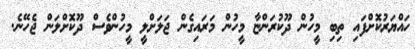
ހައްޔަރުކޮށްފައި ތިބި މީހުން ދޫކުރަންޏާ މީހުން މަރައިގެން ޖަލަށްލީ މީހުންވެސް ދޫކޮށްލަން ޖެހޭނެ.